Scottish Leaving Certificate Examination, 1958
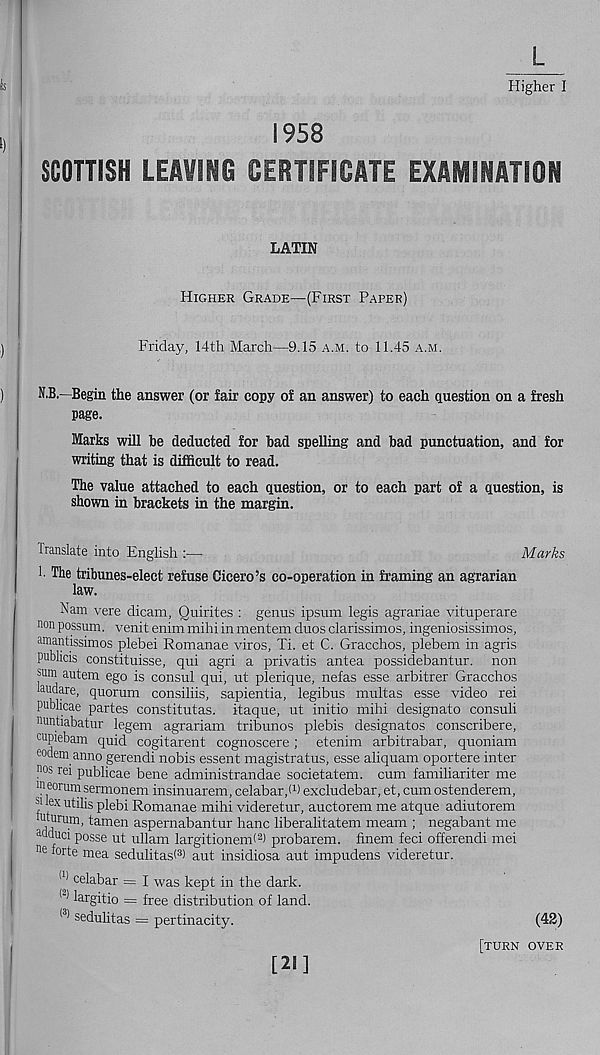
L
Higher I
1958
SCOTTISH LEAVING CERTIFICATE EXAMINATION
LATIN
Higher Grade—(First Paper)
Friday, 14th March—9.15 a.m. to 11.45 a.m.
N.B.—Begin the answer (or fair copy of an answer) to each question on a fresh
page.
Marks will be deducted for bad spelling and bad punctuation, and for
writing that is difficult to read.
The value attached to each question, or to each part of a question, is
shown in brackets in the margin.
translate into English :—
Marks
1 The tribunes-elect refuse Cicero’s co-operation in framing an agrarian
law.
Nam vere dicam, Quirites : genus ipsum legis agrariae vituperare
non possum, venit enim mihi in mentem duos clarissimos, ingeniosissimos,
amantissimos plebei Romanae viros, Ti. et C. Gracchos, plebem in agris
publicis constituisse, qui agri a privatis antea possidebantur. non
sum autem ego is consul qui, ut plerique, nefas esse arbitrer Gracchos
laudare, quorum consiliis, sapientia, legibus multas esse video rei
publicae partes constitutas. itaque, ut initio mihi designate consuli
nuntiabatur legem agrariam tribunes plebis designates conscribere,
cupiebam quid cogitarent cognoscere; etenim arbitrabar, quoniam
eodem anno gerendi nobis essent magistratus, esse aliquam oportere inter
"os rei publicae bene administrandae societatem. cum familiariter me
("eorum sermonem insinuarem, celabar/ 1 ) excludebar, et, cum ostenderem,
si lex utilis plebi Romanae mihi videretur, auctorem me atque adiutorem
"turum, tamen aspernabantur hanc liberalitatem meam ; negabant me
Mcluci posse ut ullam largitionenh 2 ) probarem. finem feci offerendi mei
116 forte mea sedulitasl 3 ) aut insidiosa aut impudens videretur.
w celabar = I was kept in the dark.
l ' ) largitio = free distribution of land.
(3) sedulitas = pertinacity.
(42)
[turn over
[21]